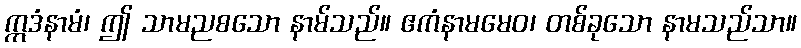
ဣဒံနာမံ၊ ဤ သာမညစသော နာမ်သည်။ ဧကံနာမမေဝ၊ တစ်ခုသော နာမသည်သာ။